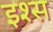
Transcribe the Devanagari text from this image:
इश्स